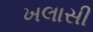
ખલાસી